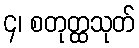
၄၊ စတုတ္ထသုတ်